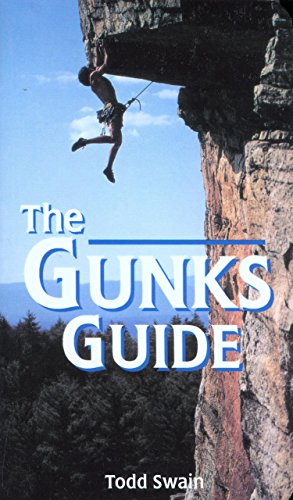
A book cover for Gunks Guide (Regional Rock Climbing Series); Todd Swain; Sports & Outdoors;